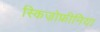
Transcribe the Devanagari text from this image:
स्किज़ोफ्रीनिया